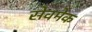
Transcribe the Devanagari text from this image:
सेवमेक